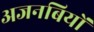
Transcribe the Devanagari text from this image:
अजनबियों